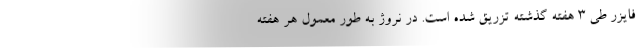
فایزر طی 3 هفته گذشته تزریق شده است. در نروژ به طور معمول هر هفته